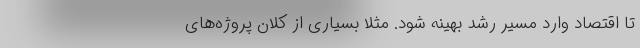
تا اقتصاد وارد مسیر رشد بهینه شود. مثلا بسیاری از کلان پروژه‌های